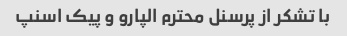
با تشکر از پرسنل محترم الپارو و پیک اسنپ